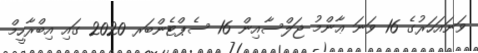
ވަނައަހަރުގެ 16 ވަނަ ޢާންމު ޖަލްސާއިން 16 ސެޕްޓެންބަރ 2020 ގައި އިބްރާހީމް